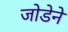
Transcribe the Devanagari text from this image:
जोडेने